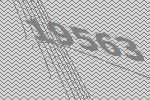
19563